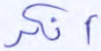
أنكر